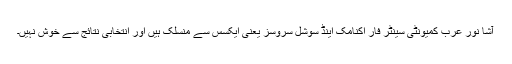
آشا نور عرب کمیونٹی سینٹر فار اکنامک اینڈ سوشل سروسز یعنی ایکسس سے منسلک ہیں اور انتخابی نتائج سے خوش نہیں۔